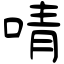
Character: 啨